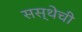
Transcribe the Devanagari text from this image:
सस्थेची